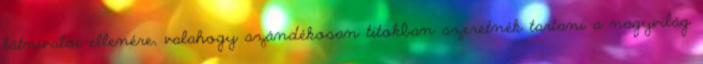
látnivalói ellenére, valahogy szándékosan titokban szeretnék tartani a nagyvilág